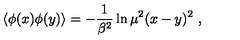
\left\langle \phi ( x ) \phi ( y ) \right\rangle = - \frac { 1 } { \beta ^ { 2 } } \ln \mu ^ { 2 } ( x - y ) ^ { 2 } \ ,